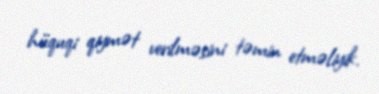
hüquqi qiymət verilməsini təmin etməliyik.